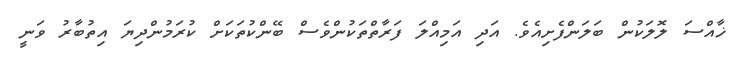
ޚާއްސަ ލޮލަކުން ބަލަންފެށިއެވެ. އަދި އަމިއްލަ ފަރާތްތަކުންވެސް ބޭންކުތަކަށް ކުރަމުންދިޔަ އިތުބާރު ވަނީ